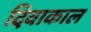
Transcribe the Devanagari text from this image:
दिवाकाल